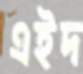
এইদ